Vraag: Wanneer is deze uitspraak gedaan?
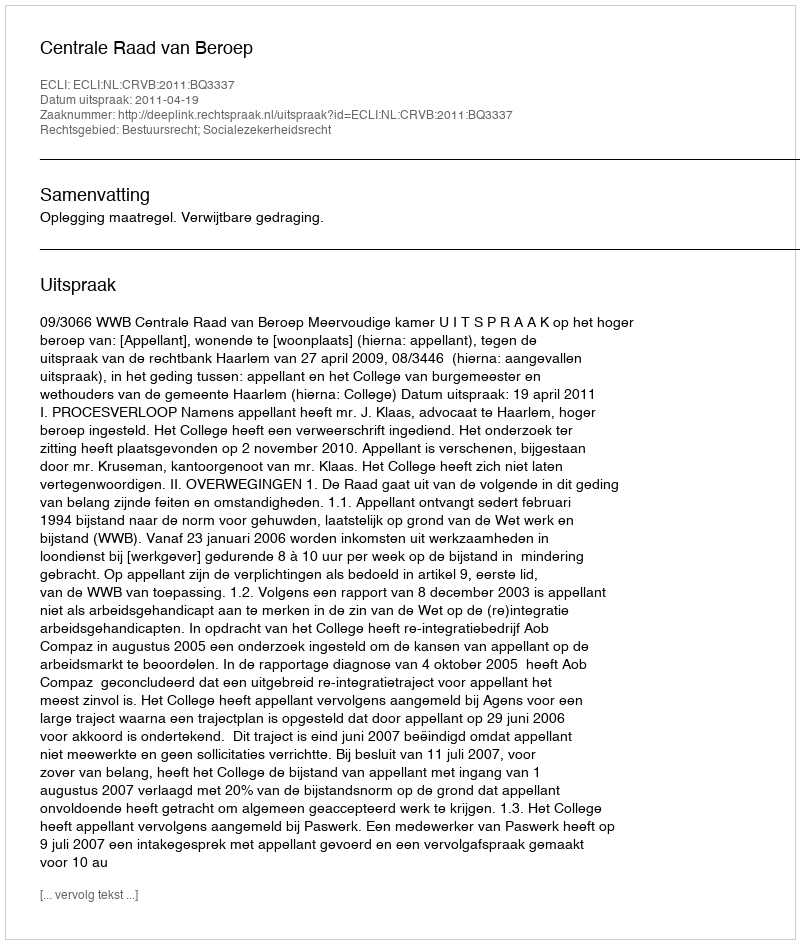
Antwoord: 2011-04-19